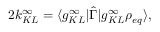
2 k _ { K L } ^ { \infty } = \langle g _ { K L } ^ { \infty } \rvert \hat { \Gamma } \lvert g _ { K L } ^ { \infty } \rho _ { e q } \rangle ,